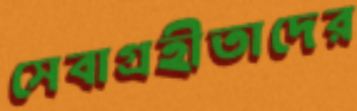
সেবাগ্রহীতাদের